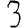
Digit: 3